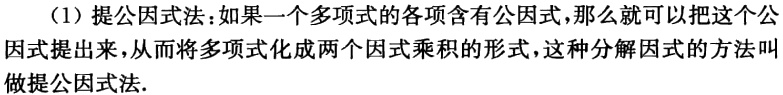
（1）提公因式法：如果一个多项式的各项含有公因式，那么就可以把这个公因式提出来，从而将多项式化成两个因式乘积的形式，这种分解因式的方法叫做提公因式法.